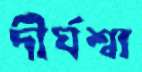
দীর্ঘশ্বা